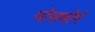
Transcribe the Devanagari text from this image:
मोसबोर्ग